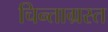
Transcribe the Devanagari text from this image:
चिन्ताग्रस्त